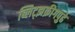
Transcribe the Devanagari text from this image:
ब्लिट्झक्रीगपुढे